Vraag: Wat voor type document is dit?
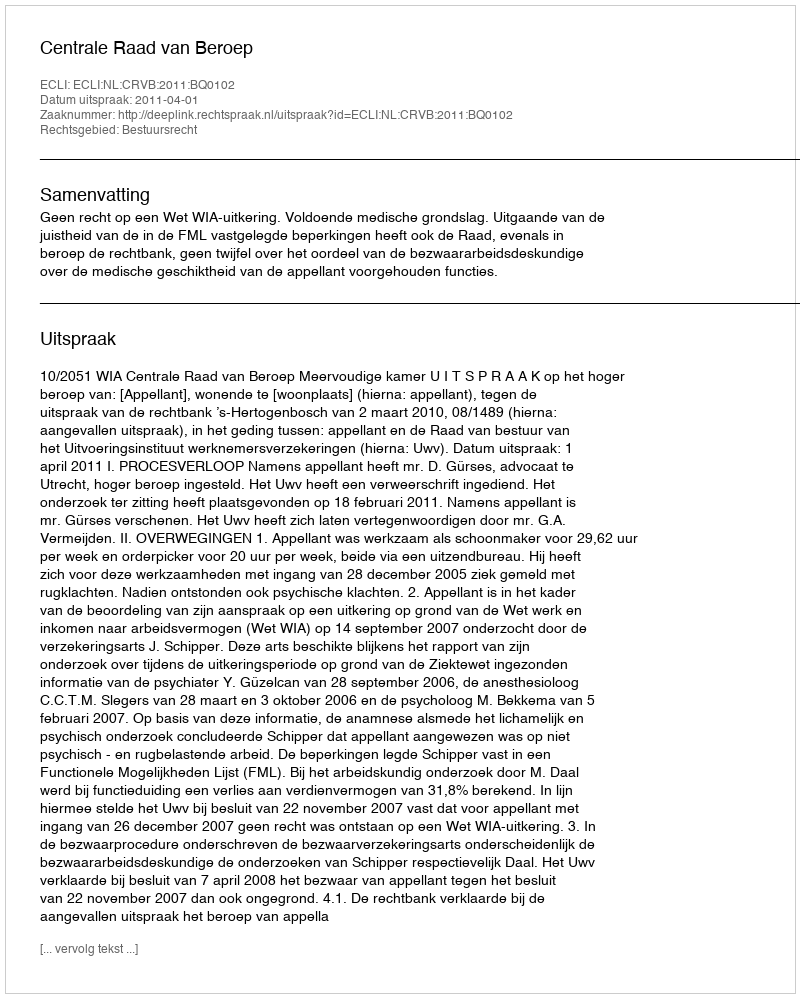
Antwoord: Uitspraak